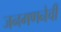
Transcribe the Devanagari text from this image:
जनगणनेची